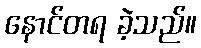
နောင်တရ ခဲ့သည်။